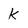
Character: k